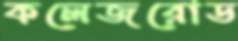
কলেজরোড